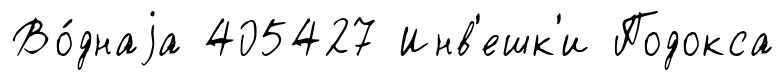
Во́днаjа 405427 Инв'ешк'и Подокса